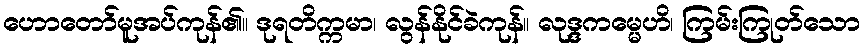
ဟောတော်မူအပ်ကုန်၏။ ဒုရတိက္ကမာ၊ လွန်နိုင်ခဲကုန်။ လုဒ္ဒကမ္မေဟိ၊ ကြမ်းကြုတ်သော